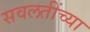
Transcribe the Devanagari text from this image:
सवलतींच्या